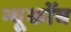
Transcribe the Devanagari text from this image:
न्यूकोंब